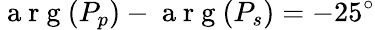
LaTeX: \mathrm{~a~r~g~}(P_{p})-\mathrm{~a~r~g~}(P_{s})=-25^{\circ}